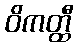
ဝိကတ္ထီ